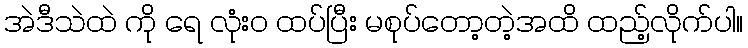
အဲဒီသဲထဲ ကို ရေ လုံး၀ ထပ်ပြီး မစုပ်တော့တဲ့အထိ ထည့်လိုက်ပါ။